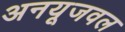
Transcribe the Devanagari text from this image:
अनयूजवल